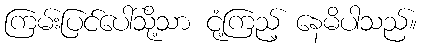
ကြမ်းပြင်ပေါ်သို့သာ ငုံ့ကြည့် နေမိပါသည်။